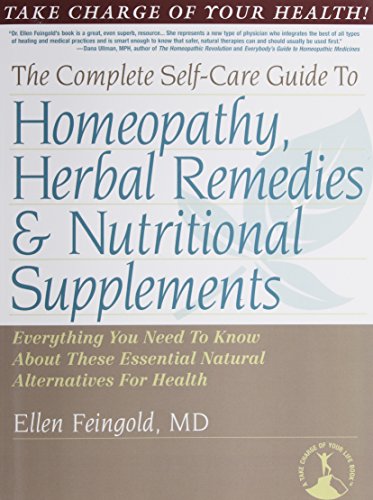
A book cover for The Complete Self-Care Guide to Homeopathy, Herbal Remedies & Nutritional Supplements; Ellen Feingold; Health, Fitness & Dieting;